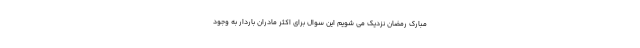
مبارک رمضان نزدیک می شویم این سوال برای اکثر مادران باردار به وجود